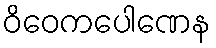
ဝိဝေကပေါဏေန